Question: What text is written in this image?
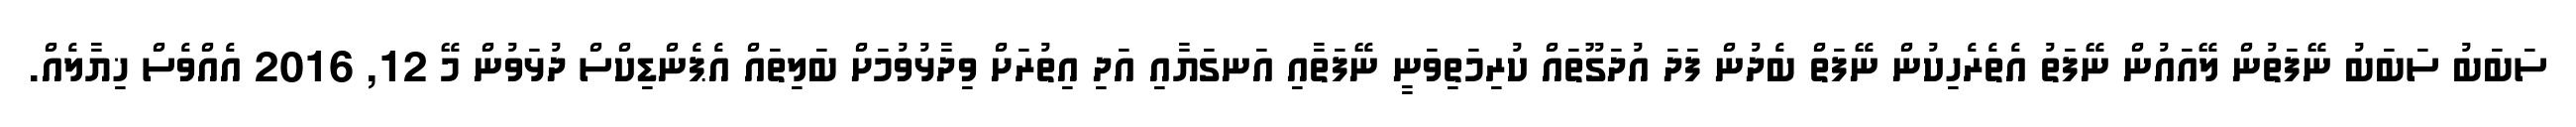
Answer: ސަބަބު ސަބަބު ނޭފަތުން ލޭއައުން ނޭފަތު އެތެރެހިކުން ނޭފަތް ބެދުން ފަދަ އުދަގޫތައް ކުރިމަތިވަނީ ނޭފަތާއި އަނގަޔާއި އަދި އިތުރަށް ވިދާޅުވުމަށް ބަލިތައް އެޕެންޑިކްސް ދުޅަވުން މޭ 12, 2016 އެއްވެސް ޚިޔާލެއް.